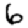
Digit: 6